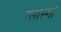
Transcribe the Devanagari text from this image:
ग्लास्गाॅ